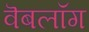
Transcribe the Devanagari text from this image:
वॆबलॉग